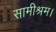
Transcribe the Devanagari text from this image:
सामीश्रम।